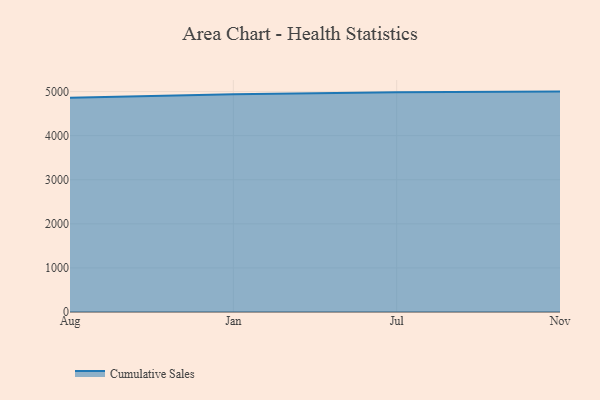
{"axis": {"x": "Month", "y": "Energy Usage (MWh)"}, "legend": ["Cumulative Sales"], "data": [{"x": "Aug", "y": 4860.1, "type": "Cumulative Sales"}, {"x": "Jan", "y": 4939.7, "type": "Cumulative Sales"}, {"x": "Jul", "y": 4988.0, "type": "Cumulative Sales"}, {"x": "Nov", "y": 5000, "type": "Cumulative Sales"}]}